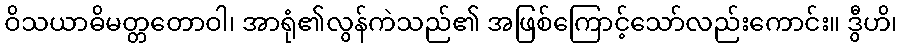
ဝိသယာဓိမတ္တတောဝါ၊ အာရုံ၏လွန်ကဲသည်၏ အဖြစ်ကြောင့်သော်လည်းကောင်း။ ဒွီဟိ၊